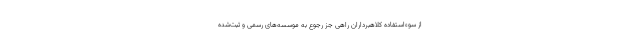
از سوءاستفاده کلاهبرداران راهی جز رجوع به موسسه‌های رسمی و ثبت‌شده